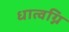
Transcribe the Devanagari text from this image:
धात्वग्नि